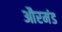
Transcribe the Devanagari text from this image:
औरमंड